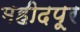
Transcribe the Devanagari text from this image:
महीदपूर